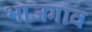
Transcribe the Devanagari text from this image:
भाजगाव